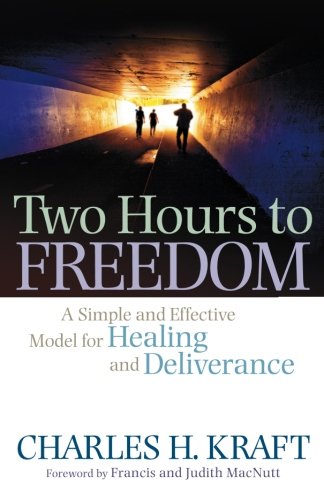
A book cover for Two Hours to Freedom: A Simple and Effective Model for Healing and Deliverance; Charles H. Kraft; Christian Books & Bibles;